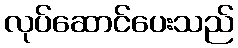
လုပ်ဆောင်ပေးသည်